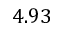
4 . 9 3